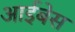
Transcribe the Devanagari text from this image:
आईबेस